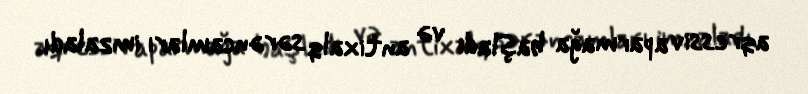
aqressiv aparmağa başladı və antixalq sərəncamları imzaladı.